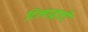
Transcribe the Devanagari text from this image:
टिलाइडी